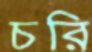
চরি